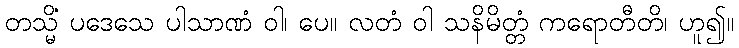
တသ္မိံ ပဒေသေ ပါသာဏံ ဝါ၊ ပေ။ လတံ ဝါ သနိမိတ္တံ ကရောတီတိ၊ ဟူ၍။